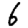
Digit: 6